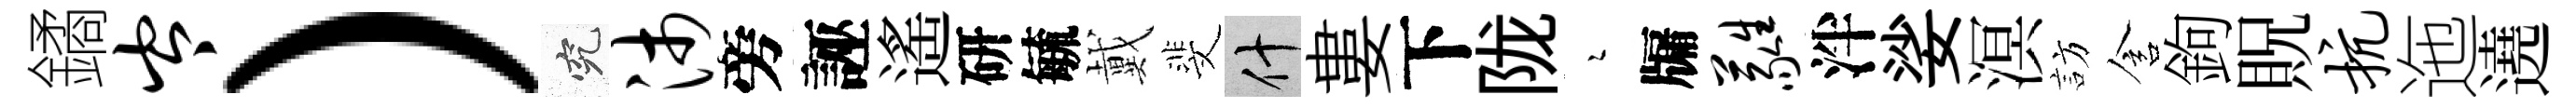
鐍岑）究沛旁誣遙研毓戴斐什婁下陇瑟牖蕤泮娑溟訪含鉤貺抗迤遶